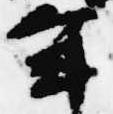
年